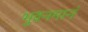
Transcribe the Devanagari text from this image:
भुवनमानं